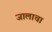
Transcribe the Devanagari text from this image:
जालाचा